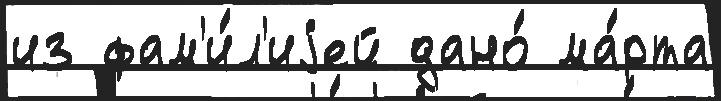
из фам'и́л'иjей дано́ ма́рта